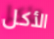
الأكل